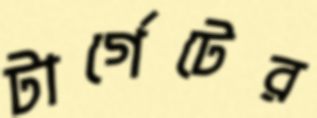
টার্গেটের